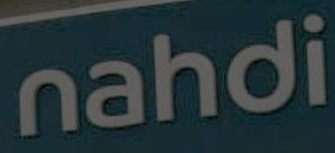
nahdi